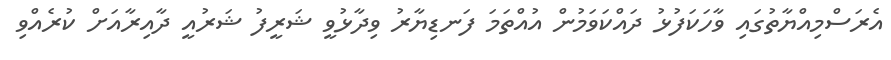
އެރަސްމިއްޔާތުގައި ވާހަކަފުޅު ދައްކަވަމުން އުއްތަމަ ފަނޑިޔާރު ވިދާޅުވީ ޝަރީފު ޝަރުއީ ދާއިރާއަށް ކުރެއްވި